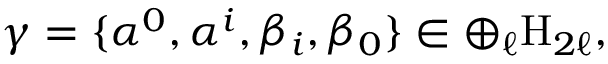
\gamma = \{ \alpha ^ { 0 } , \alpha ^ { i } , \beta _ { i } , \beta _ { 0 } \} \in \oplus _ { \ell } \mathrm { H } _ { 2 \ell } ,